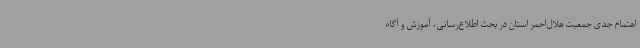
اهتمام جدی جمعیت هلال‌احمر استان در بحث اطلاع‌رسانی، آموزش و آگاه